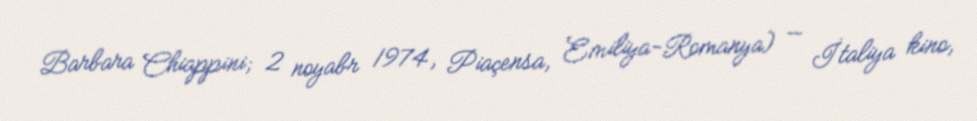
Barbara Chiappini; 2 noyabr 1974, Piaçensa, Emiliya-Romanya) — İtaliya kino,